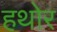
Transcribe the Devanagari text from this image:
हथोर